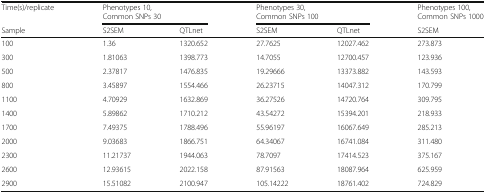
| Time(s)/replicate | <COLSPAN=2> Phenotypes 10,Common SNPs 30 | <COLSPAN=2> Phenotypes 30,Common SNPs 100 | Phenotypes 100,Common SNPs 1000 |
 | Sample | S2SEM | QTLnet | S2SEM | QTLnet | S2SEM |
 | --- | --- | --- | --- | --- | --- |
 | 100 | 1.36 | 1320.652 | 27.7625 | 12027.462 | 273.873 |
 | 300 | 1.81063 | 1398.773 | 14.7055 | 12700.457 | 123.936 |
 | 500 | 2.37817 | 1476.835 | 19.29666 | 13373.882 | 143.593 |
 | 800 | 3.45897 | 1554.466 | 26.23715 | 14047.312 | 170.799 |
 | 1100 | 4.70929 | 1632.869 | 36.27526 | 14720.764 | 309.795 |
 | 1400 | 5.89862 | 1710.212 | 43.54272 | 15394.201 | 218.933 |
 | 1700 | 7.49375 | 1788.496 | 55.96197 | 16067.649 | 285.213 |
 | 2000 | 9.03683 | 1866.751 | 64.34067 | 16741.084 | 311.480 |
 | 2300 | 11.21737 | 1944.063 | 78.7097 | 17414.523 | 375.167 |
 | 2600 | 12.93615 | 2022.158 | 87.91563 | 18087.964 | 625.959 |
 | 2900 | 15.51082 | 2100.947 | 105.14222 | 18761.402 | 724.829 |